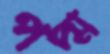
পদ্ম